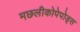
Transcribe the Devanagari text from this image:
मछलीकोपेपोड्स